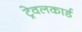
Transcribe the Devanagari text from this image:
ट्रेवलकार्ड